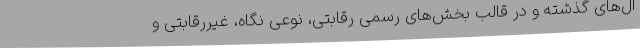
ال‌های گذشته و در قالب بخش‌های رسمی رقابتی، نوعی نگاه، غیررقابتی و